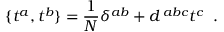
\{ t ^ { a } , t ^ { b } \} = { \frac { 1 } { N } } \delta ^ { a b } + d ^ { \, a b c } t ^ { c } \; \; .